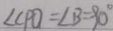
\angle C P O = \angle B = 9 0 ^ { \circ }